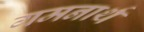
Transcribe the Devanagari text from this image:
गमनार्थ